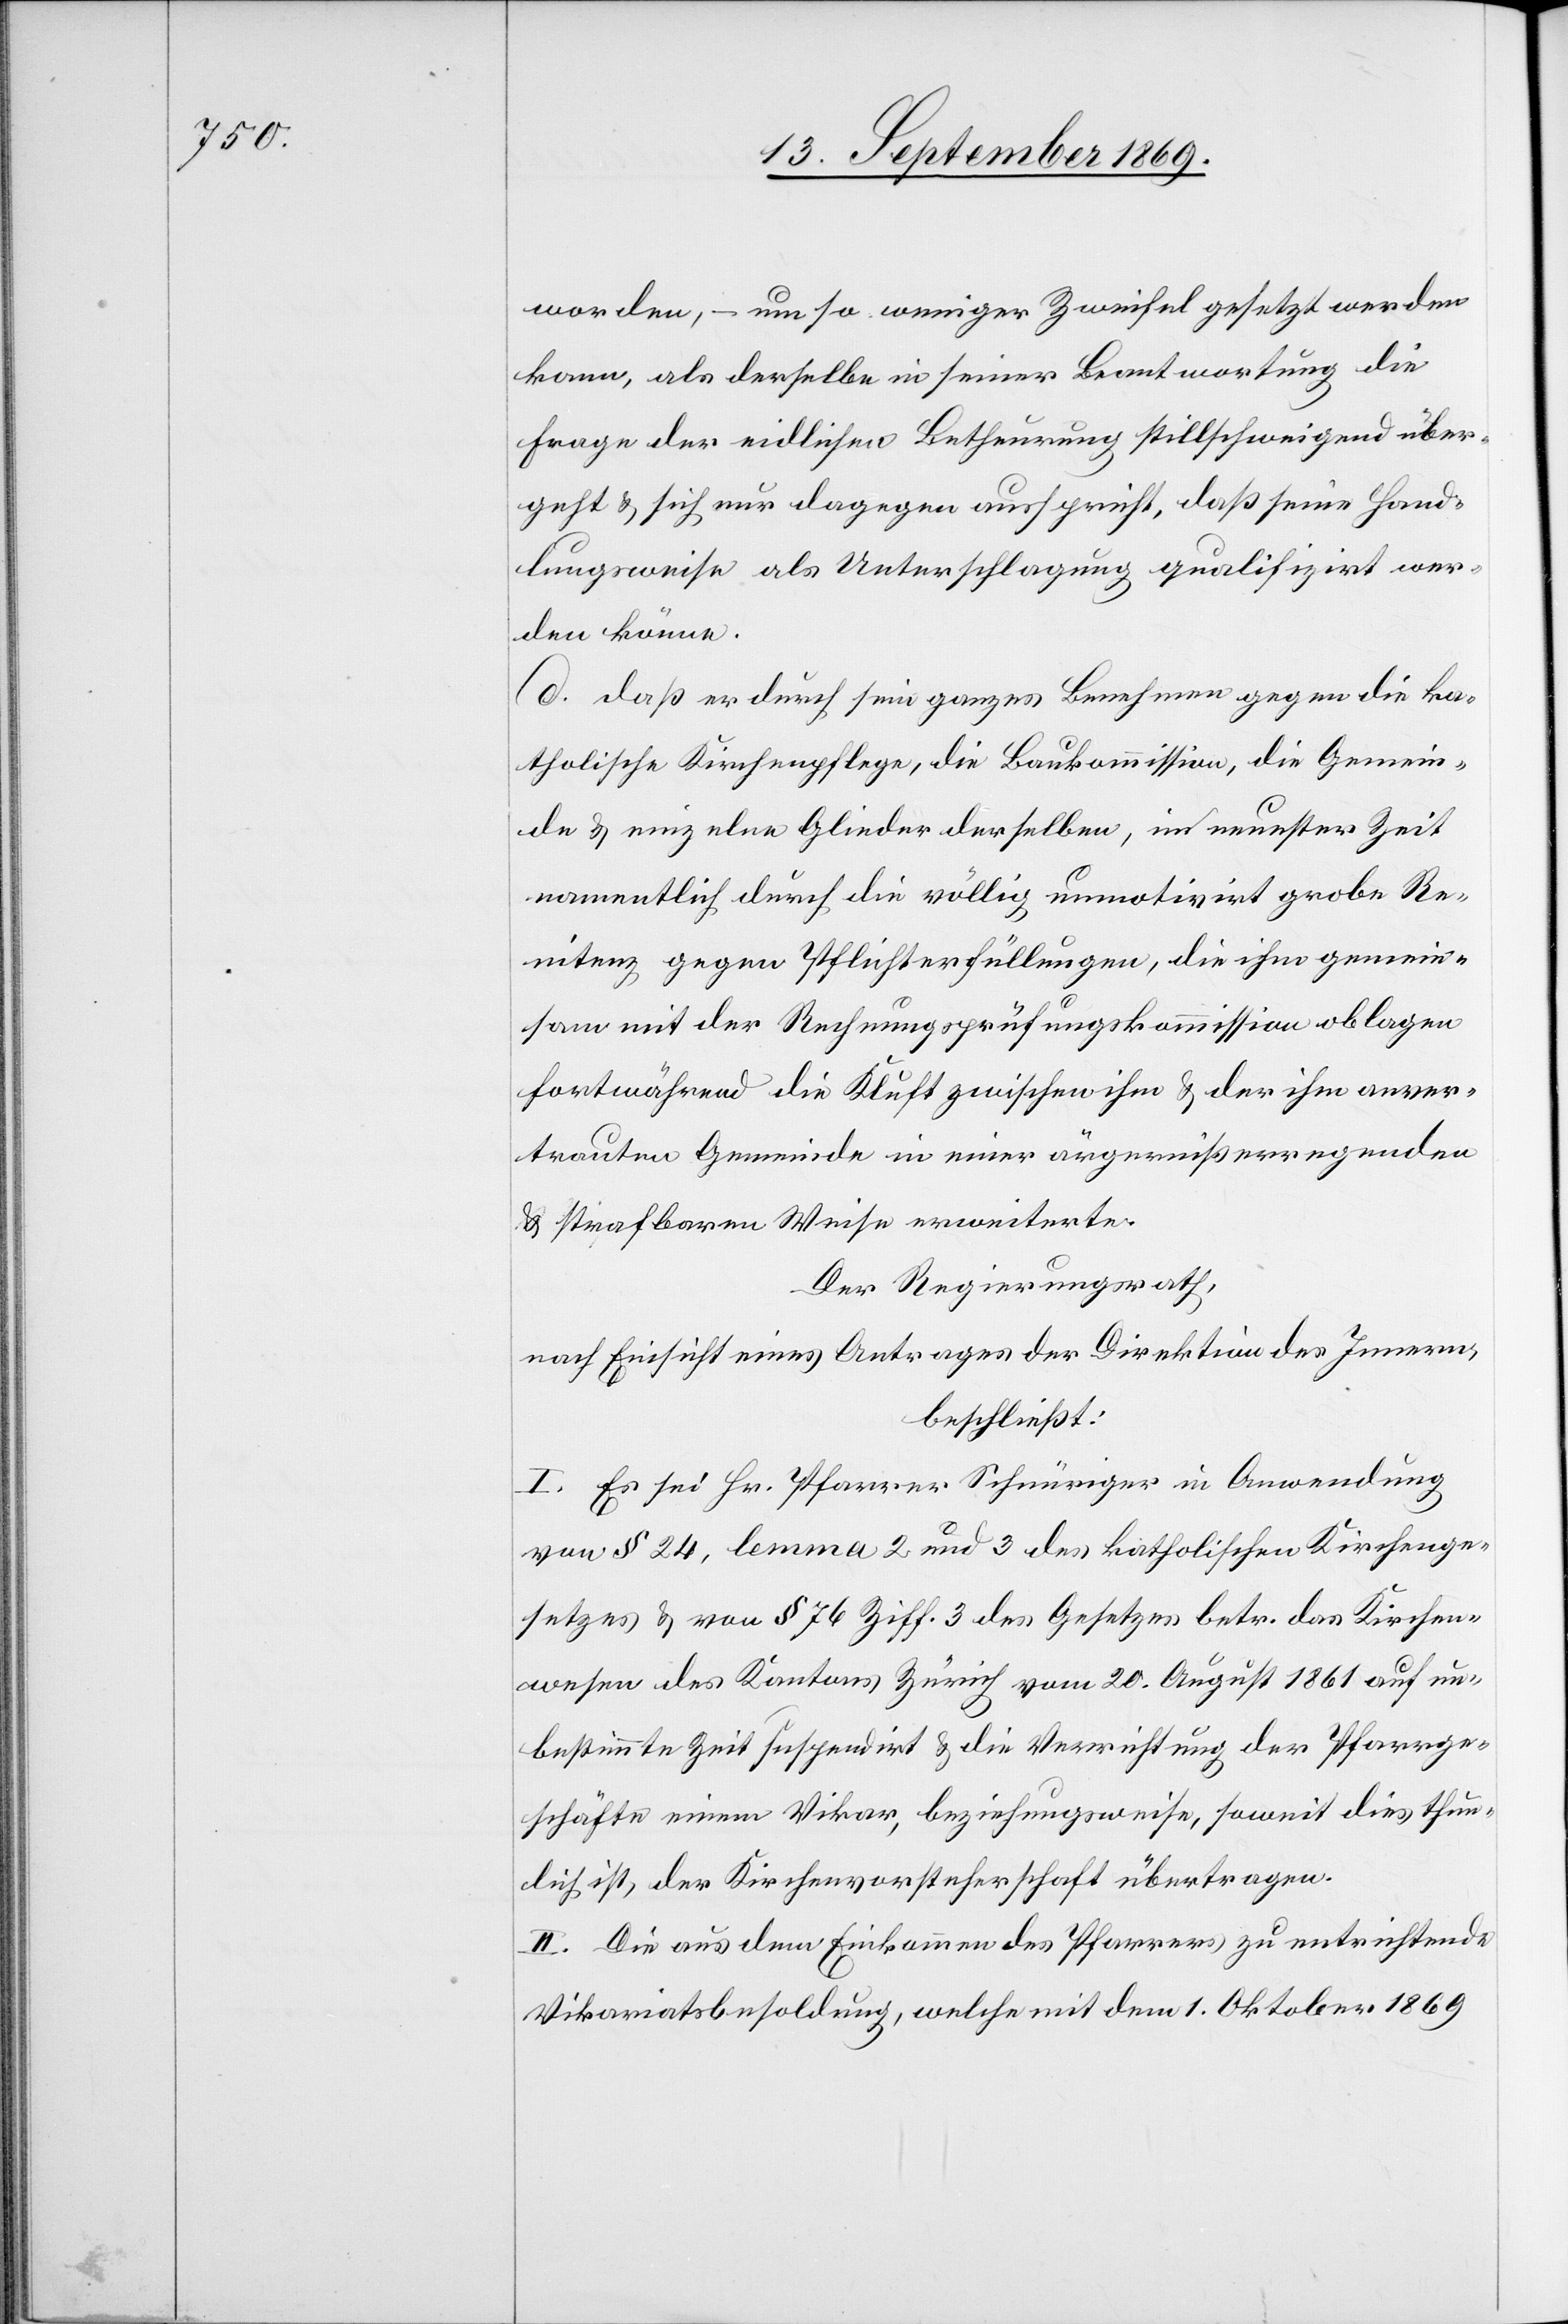
worden, – um so weniger Zweifel gesetzt werden
kann, als derselbe in seiner Beantwortung die
Frage der eidlichen Betheurung stillschweigend über¬
geht & sich nur dagegen ausspricht, daß seine Hand¬
lungsweise als Unterschlagung qualifizirt wer¬
den könne.
d. daß er durch sein ganzes Benehmen gegen die ka¬
tholische Kirchenpflege, die Baukommission, die Gemein¬
de & einzelne Glieder derselben, in neuester Zeit
namentlich durch die völlig unmotivirt grobe Re¬
nitenz gegen Pflichterfüllungen, die ihm gemein¬
sam mit der Rechnungsprüfungskommission oblagen
fortwährend die Kluft zwischen ihm & der ihm anver¬
trauten Gemeinde in einer ärgernißerregenden
& strafbaren Weise erweiterte.
Der Regierungsrath,
nach Einsicht eines Antrages der Direktion des Innern,
beschließt:
I. Es sei Hr. Pfarrer Schnüriger in Anwendung
von § 24, lemma 2 und 3 des katholischen Kirchenge¬
setzes & von § 76 Ziff. 3 des Gesetzes betr. das Kirchen¬
wesen des Kantons Zürich vom 20. August 1861 auf un¬
bestimmte Zeit suspendirt & die Verrichtung der Pfarrge¬
schäfte einem Vikar, beziehungsweise, soweit dies thun¬
lich ist, der Kirchenvorsteherschaft übertragen.
II. Die aus dem Einkommen des Pfarrers zu entrichtende
Vikariatsbesoldung, welche mit dem 1. Oktober 1869